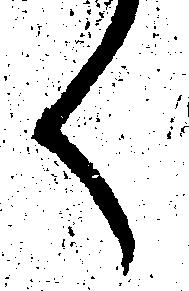
く